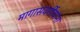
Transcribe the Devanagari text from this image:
मागासवर्गीयांना